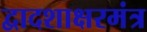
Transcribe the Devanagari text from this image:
द्वादशाक्षरमंत्र